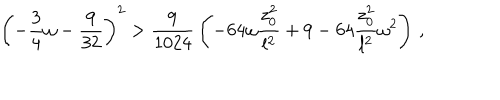
\left( - { \frac { 3 } { 4 } } \omega - { \frac { 9 } { 3 2 } } \right) ^ { 2 } > { \frac { 9 } { 1 0 2 4 } } \left( - 6 4 \omega { \frac { z _ { 0 } ^ { 2 } } { l ^ { 2 } } } + 9 - 6 4 { \frac { z _ { 0 } ^ { 2 } } { l ^ { 2 } } } \omega ^ { 2 } \right) \, ,